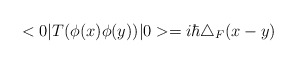
\begin{align*}<0|T(\phi(x)\phi(y))|0>=i\hbar\triangle_{F}(x-y)\end{align*}